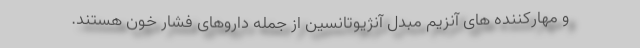
و مهارکننده های آنزیم مبدل آنژیوتانسین از جمله داروهای فشار خون هستند.